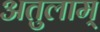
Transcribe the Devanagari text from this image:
अतुलाम्